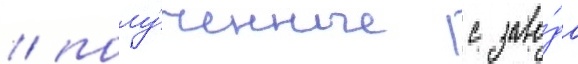
/ полу́ченные с заво́да